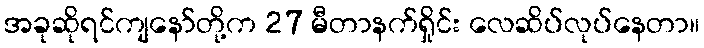
အခုဆိုရင်ကျနော်တို့က 27 မီတာနက်ရှိုင်း လေဆိပ်လုပ်နေတာ။